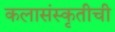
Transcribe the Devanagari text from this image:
कलासंस्कृतीची